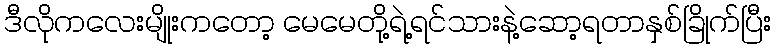
ဒီလိုကလေးမျိုးကတော့ မေမေတို့ရဲ့ရင်သားနဲ့ဆော့ရတာနှစ်ခြိုက်ပြီး